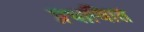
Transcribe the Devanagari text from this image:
प्रभावाित